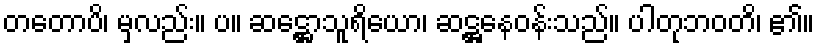
တတောပိ၊ မှလည်း။ ပ။ ဆဋ္ဌောသူရိယော၊ ဆဋ္ဌနေဝန်းသည်။ ပါတုဘဝတိ၊ ၏။